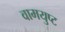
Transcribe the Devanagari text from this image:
वामयुप्ट